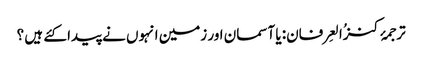
ترجمۂ کنزُالعِرفان: یا آسمان اور زمین انہوں نے پیدا کئے ہیں ؟